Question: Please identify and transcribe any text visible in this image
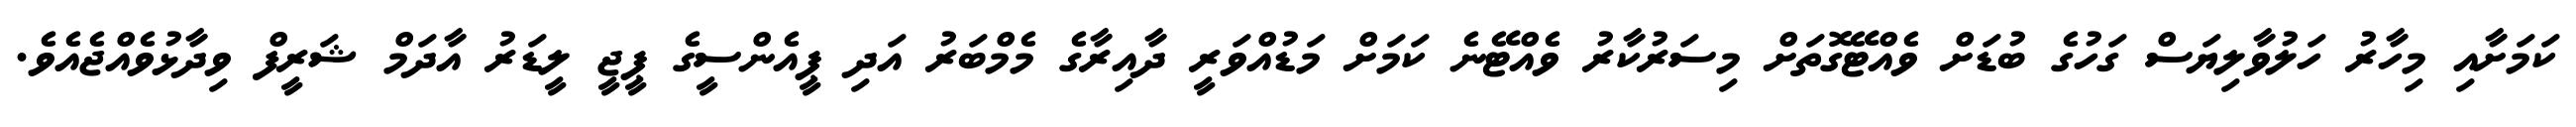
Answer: ކަމަށާއި މިހާރު ހަލުވާލިޔަސް ގަހުގެ ބުޑަށް ވެއްޓޭގޮތަށް މިސަރުކާރު ވެއްޓޭނެ ކަމަށް މަޑުއްވަރީ ދާއިރާގެ މެމްބަރު އަދި ޕީއެންސީގެ ޕީޖީ ލީޑަރު އާދަމް ޝަރީފް ވިދާޅުވެއްޖެއެވެ.